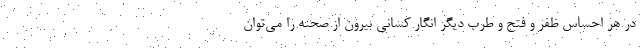
در هر احساس ظفر و فتح و طرب دیگر انگار کسانی بیرون از صحنه را می‌توان